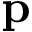
\bf p